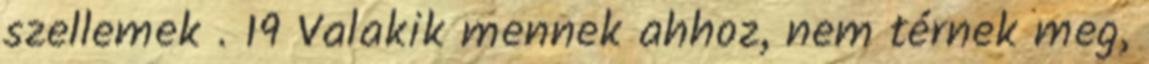
szellemek . 19 Valakik mennek ahhoz, nem térnek meg,